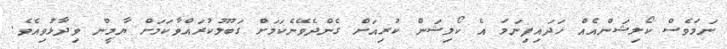
ނަމަވެސް ކޯލިޝަންއެއް ހަދައިފިނަމަ އެ ކޯލިޝަން ކުރިއަށް ގެންދެވޭނެކަމަށް ގަބޫލުކުރައްވާކަމަށް ޔާމީން ވިދާޅުވިއެވެ.